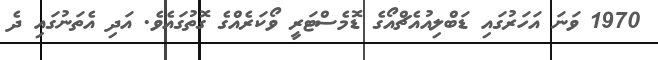
1970 ވަނަ އަހަރުގައި ޑަބްލިއުއެޗްއޯގެ ޑޮމެސްޓަރީ ވޯކަރެއްގެ ގޮތުގައެވެ. އަދި އެތަނުގައި ދެ